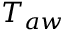
T _ { a w }